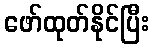
ဖော်ထုတ်နိုင်ပြီး